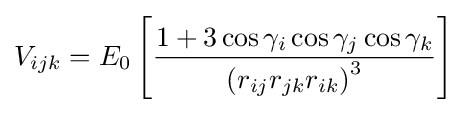
V_{ijk}=E_{0}\left[{\frac {1+3\cos \gamma _{i}\cos \gamma _{j}\cos \gamma _{k}}{\left(r_{ij}r_{jk}r_{ik}\right)^{3}}}\right]